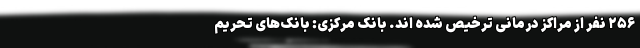
۲۵۶ نفر از مراکز درمانی ترخیص شده اند. بانک مرکزی: بانک‌های تحریم